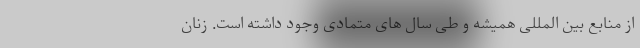
از منابع بین المللی همیشه و طی سال های متمادی وجود داشته است. زنان